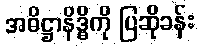
အဓိဋ္ဌာနိဒ္ဓိကို ပြဆိုခန်း